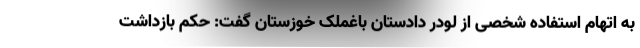
به اتهام استفاده شخصی از لودر دادستان باغملک خوزستان گفت: حکم بازداشت